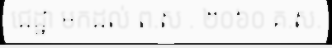
ជេដ្ឋា មកដល់ ព.ស . ២០៦០ គ.ស.